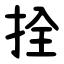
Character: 拴